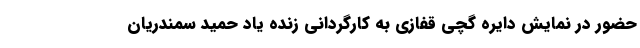
حضور در نمایش دایره گچی قفازی به کارگردانی زنده یاد حمید سمندریان